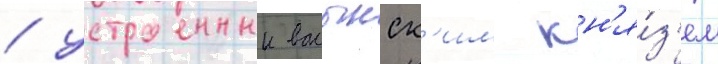
/ устроенныи волынск'им кн'я́з'ем